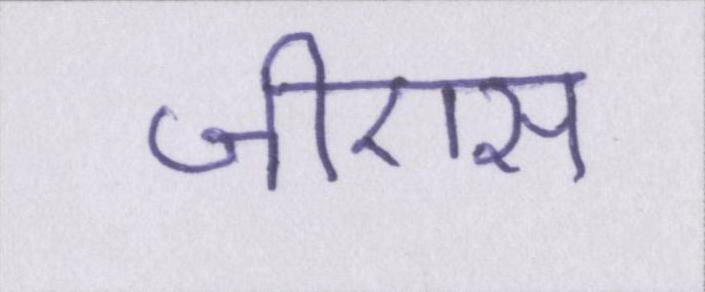
जीएस